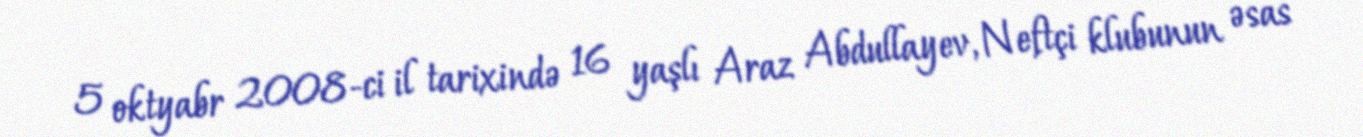
5 oktyabr 2008-ci il tarixində 16 yaşlı Araz Abdullayev, Neftçi klubunun əsas